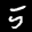
Label: 5